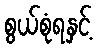
စွယ်စုံရနှင့်